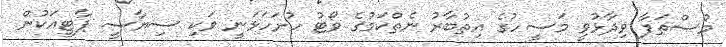
މުސްތަފާ ވިދާޅުވީ މަސީހުގެ އިތުބާރު ނެތްކަމުގެ ވޯޓު ހުށަހަޅަނީ ވަކި ސިޔާސީ ޕާޓީއަކުން